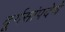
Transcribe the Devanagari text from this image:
दूर्गसांपदेचे